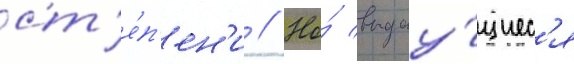
ст'е́п'ен'и // Но́ выдау́щиес'я